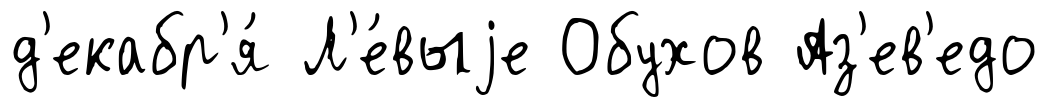
д'екабр'я́ Л'е́выjе Обухов Аз'ев'едо